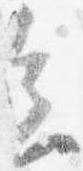
会